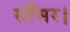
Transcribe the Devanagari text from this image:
साँभर।